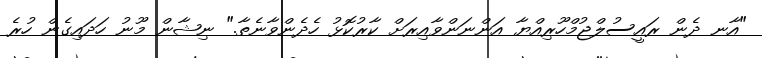
"އާނ ދެން ރައީސުލްޖުމްހޫރިއްޔާ އަންނަންވާއިރަށް ކާރުކޮޅު ހެދެންވާނެތާ." ނިޝާން މޫނު ހަދައިގެން ހުރެ